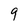
Character: 9